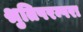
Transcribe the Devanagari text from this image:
श्रुतिपरम्परा